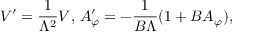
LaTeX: V ^ { \prime } = \frac { 1 } { \Lambda ^ { 2 } } V , \, A _ { \varphi } ^ { \prime } = - \frac { 1 } { B \Lambda } ( 1 + B A _ { \varphi } ) ,